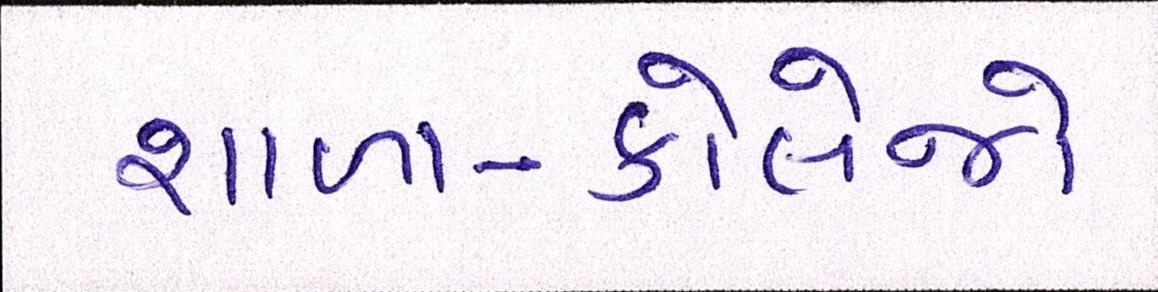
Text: શાળા-કોલેજો